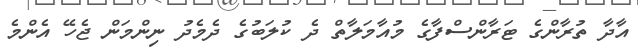
އާދާ ތުރާންގެ ޓަރާންސްފާގެ މުއާމަލާތް ދެ ކުލަބުގެ ދެމެދު ނިންމަން ޖެހޭ އެންމެ